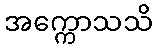
အက္ကောသသိ